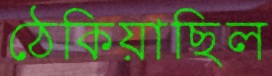
ঠেকিয়াছিল